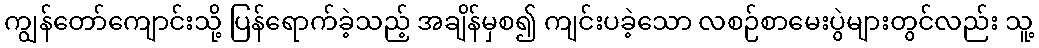
ကျွန်တော်ကျောင်းသို့ ပြန်ရောက်ခဲ့သည့် အချိန်မှစ၍ ကျင်းပခဲ့သော လစဉ်စာမေးပွဲများတွင်လည်း သူ့